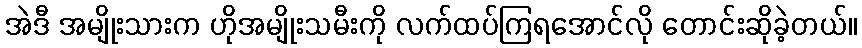
အဲဒီ အမျိုးသားက ဟိုအမျိုးသမီးကို လက်ထပ်ကြရအောင်လို တောင်းဆိုခဲ့တယ်။